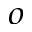
^ o